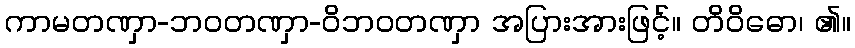
ကာမတဏှာ-ဘဝတဏှာ-ဝိဘဝတဏှာ အပြားအားဖြင့်။ တိဝိဓော၊ ၏။